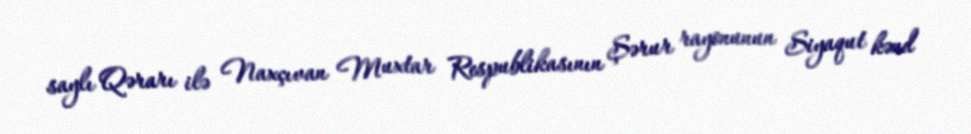
saylı Qərarı ilə Naxçıvan Muxtar Respublikasının Şərur rayonunun Siyaqut kənd